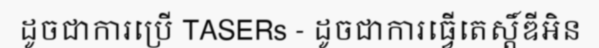
ដូចជាការប្រើ TASERs - ដូចជាការធ្វើតេស្តិ៍ឌីអិន